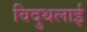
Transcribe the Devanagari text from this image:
विदुथलाई